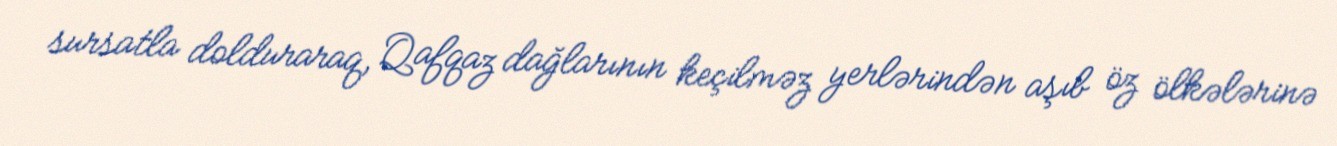
sursatla dolduraraq, Qafqaz dağlarının keçilməz yerlərindən aşıb öz ölkələrinə